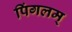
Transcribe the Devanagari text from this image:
पिंगलम्